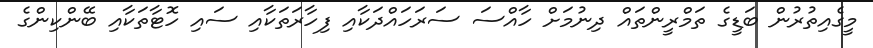
މީގެއިތުރުން ބަޑީގެ ތަމްރީންތައް ދިނުމަށް ހާއްސަ ސަރަހައްދަކާއި ފިހާރަތަކާއި ސައި ހޮޓާތަކާއި ބޭންކިންގެ